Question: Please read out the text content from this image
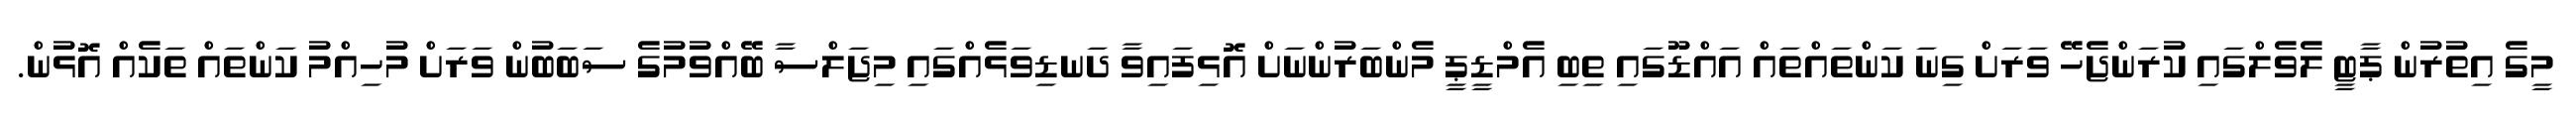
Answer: މީގެ އިތުރުން ޕާޓީ ލެވެލްގައި ކުރަންޖެހޭ ވަރަށް ގިނަ ކަންތައްތައް އައްޑޫގައި ތިބި އެމްޑީޕީ މެންބަރުންނަށް އޮޅިފައިވާ ދަނޑިވަޅެއްގައި މިޖަލްސާ ބޭއްވުމުގެ ސަބަބުން ވަރަށް މުހިއްމު ކަންތައް ތަކެއް އޮޅުން.